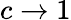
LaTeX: c\rightarrow 1